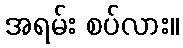
အရမ်း စပ်လား။